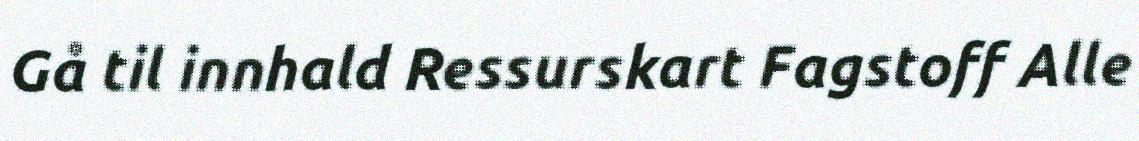
Gå til innhald Ressurskart Fagstoff Alle